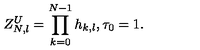
Z _ { N , l } ^ { U } = \prod _ { k = 0 } ^ { N - 1 } h _ { k , l } , \tau _ { 0 } = 1 .